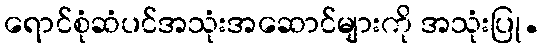
ရောင်စုံဆံပင်အသုံးအဆောင်များကို အသုံးပြု.